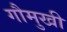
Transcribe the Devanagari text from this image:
गौमुखी